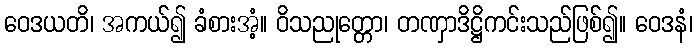
ဝေဒယတိ၊ အကယ်၍ ခံစားအံ့။ ဝိသညုတ္တော၊ တဏှာဒိဋ္ဌိကင်းသည်ဖြစ်၍။ ဝေဒနံ၊